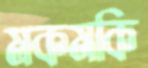
মকমকি